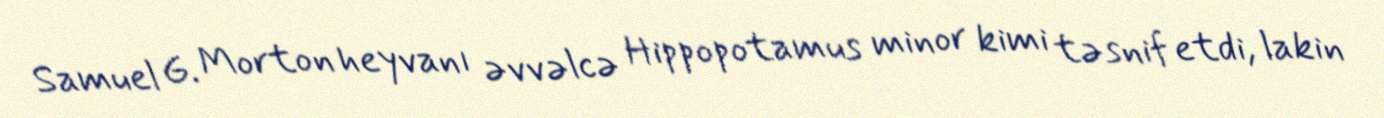
Samuel G. Morton heyvanı əvvəlcə Hippopotamus minor kimi təsnif etdi, lakin